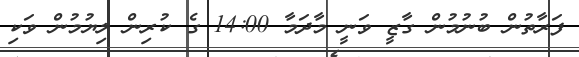
ފަރާތުން ބުނުމުން ގާޒީ ވަނީ މާދަމާ 14:00 ގެ ކުރިން ލިޔުމުން ވަކި